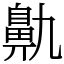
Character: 鼽